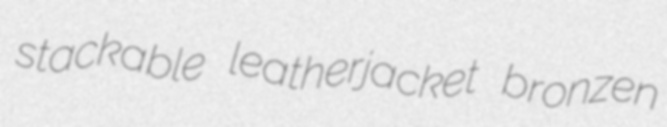
stackable leatherjacket bronzen